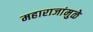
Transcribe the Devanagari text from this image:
महाराजांमुळे